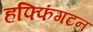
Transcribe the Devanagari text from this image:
हफ्फिंगटन